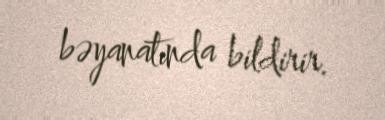
bəyanatında bildirir.